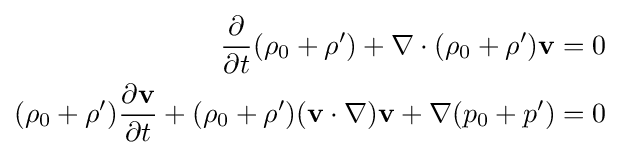
{\begin{aligned}{\frac {\partial }{\partial t}}(\rho _{0}+\rho ')+\nabla \cdot (\rho _{0}+\rho ')\mathbf {v} &=0\\(\rho _{0}+\rho '){\frac {\partial \mathbf {v} }{\partial t}}+(\rho _{0}+\rho ')(\mathbf {v} \cdot \nabla )\mathbf {v} +\nabla (p_{0}+p')&=0\end{aligned}}